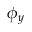
\phi _ { y }